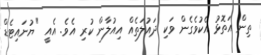
ތިން އަތޮޅު އެކުވެގެން ވަކި ދައުލަތެއް އިއުލާން ކުރި އެވެ. އެއީ "ޔުނައިޓެޑް